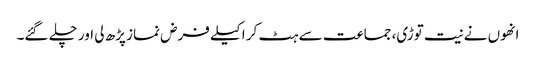
انھوں نے نیت توڑی، جماعت سے ہٹ کر اکیلے فرض نماز پڑھ لی اور چلے گئے۔